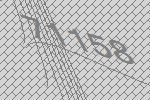
71158